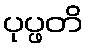
ပုပ္ဖတိ